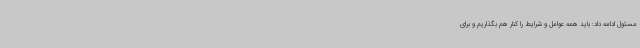
مسئول ادامه داد: باید همه عوامل و شرایط را کنار هم بگذاریم و برای